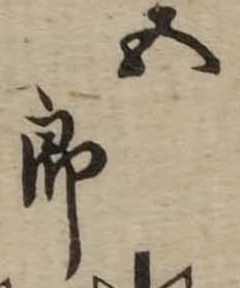
五郎